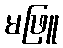
မဖြူ